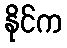
နိုင်က